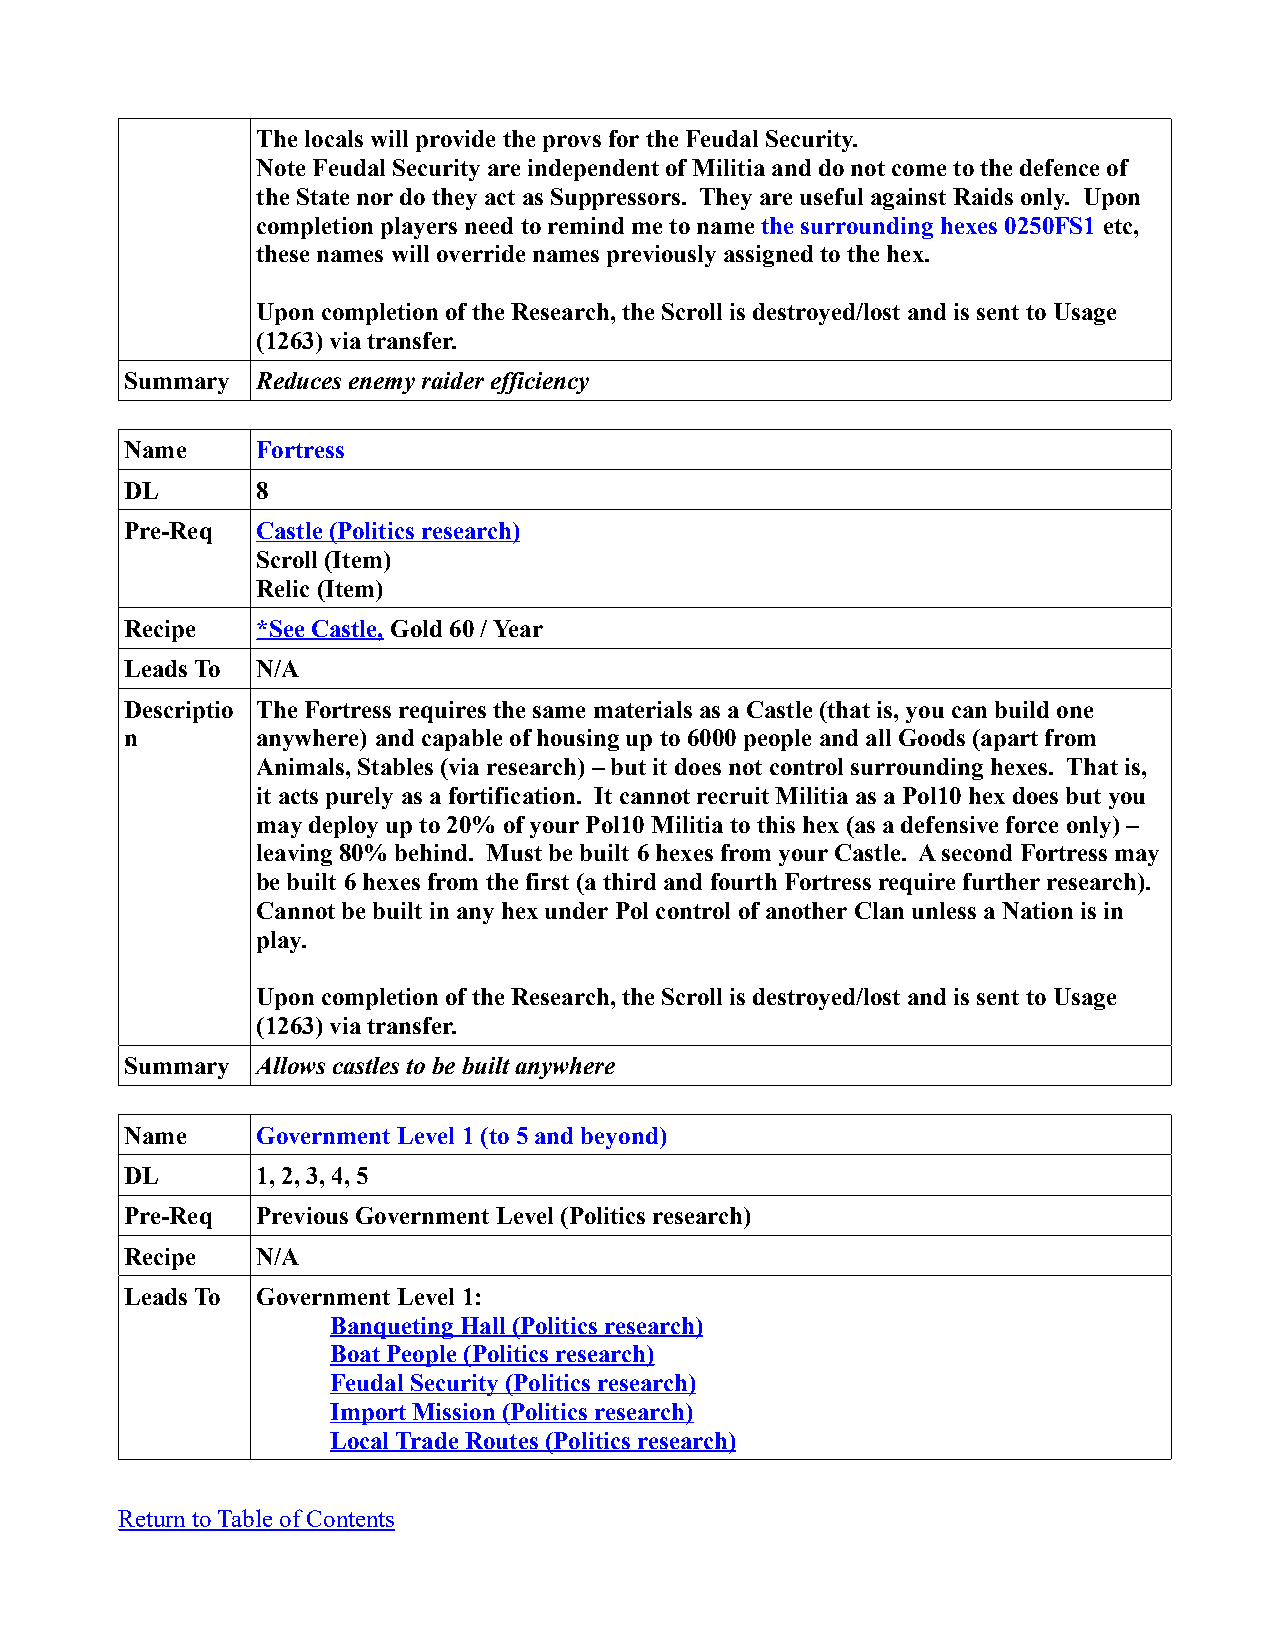
The locals will provide the provs for the Feudal Security.
 Note Feudal Security are independent of Militia and do not come to the defence of
 the State nor do they act as Suppressors. They are useful against Raids only. Upon
 completion players need to remind me to name the surrounding hexes 0250FS1 etc,
 these names will override names previously assigned to the hex.
 Upon completion of the Research, the Scroll is destroyed/lost and is sent to Usage
 (1263) via transfer.
 Summary  Reduces enemy raider efficiency
 Name     Fortress
 DL       8
 Pre-Req  Castle (Politics research)
 Scroll (Item)
 Relic (Item)
 Recipe   *See Castle, Gold 60 / Year
 Leads To N/A
 Descriptio The Fortress requires the same materials as a Castle (that is, you can build one
 n        anywhere) and capable of housing up to 6000 people and all Goods (apart from
 Animals, Stables (via research) – but it does not control surrounding hexes. That is,
 it acts purely as a fortification. It cannot recruit Militia as a Pol10 hex does but you
 may deploy up to 20% of your Pol10 Militia to this hex (as a defensive force only) –
 leaving 80% behind. Must be built 6 hexes from your Castle. A second Fortress may
 be built 6 hexes from the first (a third and fourth Fortress require further research).
 Cannot be built in any hex under Pol control of another Clan unless a Nation is in
 play.
 Upon completion of the Research, the Scroll is destroyed/lost and is sent to Usage
 (1263) via transfer.
 Summary  Allows castles to be built anywhere
 Name     Government Level 1 (to 5 and beyond)
 DL       1, 2, 3, 4, 5
 Pre-Req  Previous Government Level (Politics research)
 Recipe   N/A
 Leads To Government Level 1:
 Banqueting Hall (Politics research)
 Boat People (Politics research)
 Feudal Security (Politics research)
 Import Mission (Politics research)
 Local Trade Routes (Politics research)
 Return to Table of Contents